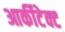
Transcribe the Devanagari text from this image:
आर्कीटेक्ट